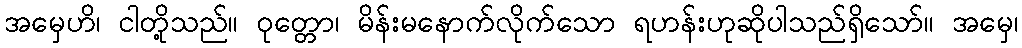
အမှေဟိ၊ ငါတို့သည်။ ဝုတ္တော၊ မိန်းမနောက်လိုက်သော ရဟန်းဟုဆိုပါသည်ရှိသော်။ အမှေ၊